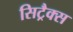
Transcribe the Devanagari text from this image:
सिट्रैक्स